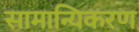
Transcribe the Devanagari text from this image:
सामान्यिकरण